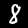
Label: 8